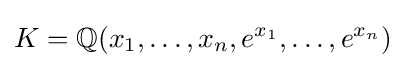
K=\mathbb {Q} (x_{1},\ldots ,x_{n},e^{x_{1}},\ldots ,e^{x_{n}})